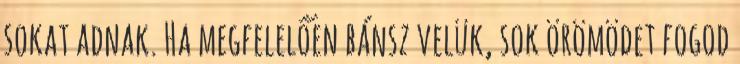
sokat adnak. Ha megfelelően bánsz velük, sok örömödet fogod